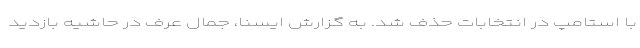
با استامپ در انتخابات حذف شد. به گزارش ایسنا، جمال عرف در حاشیه بازدید